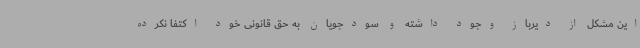
این مشکل از دیرباز وجود داشته و سودجویان به حق قانونی خود اکتفا نکرده